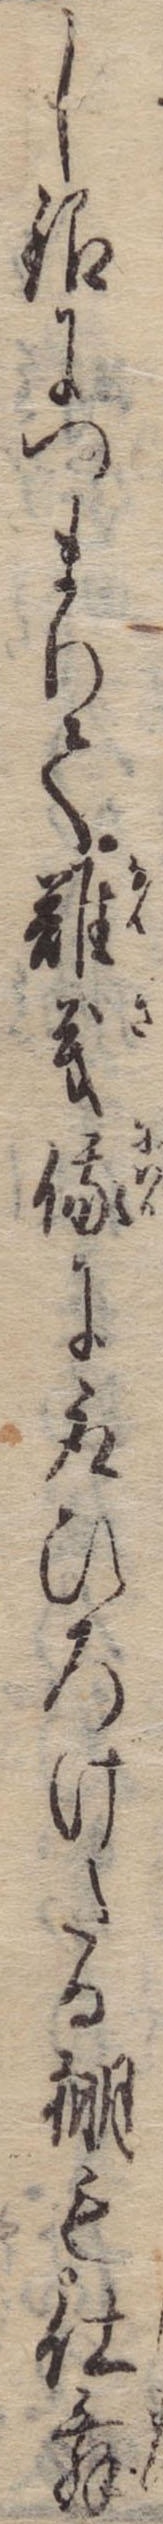
し銀につまりて難義俄に取ひろげたる棚も仕舞